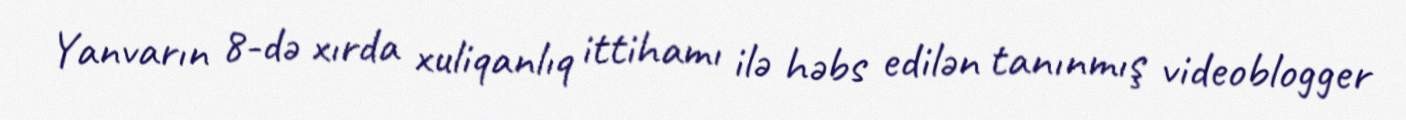
Yanvarın 8-də xırda xuliqanlıq ittihamı ilə həbs edilən tanınmış videoblogger